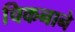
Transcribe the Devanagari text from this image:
चिकनाने